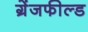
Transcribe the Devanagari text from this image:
ग्रेंजफील्ड